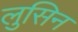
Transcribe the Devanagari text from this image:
लुसिन